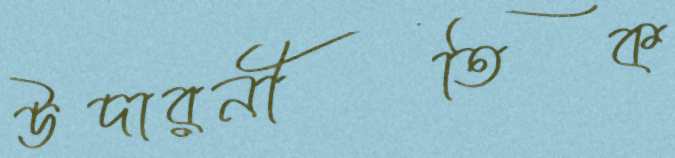
উদারনীতিক